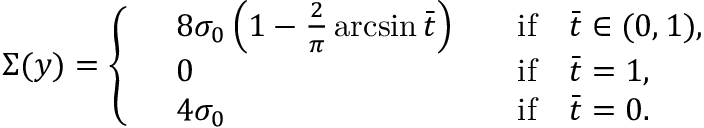
\Sigma ( y ) = \left\{ \begin{array} { r l r l } & { 8 \sigma _ { 0 } \left( 1 - \frac { 2 } { \pi } \arcsin \bar { t } \right) } & & { \mathrm { i f } \quad \bar { t } \in ( 0 , 1 ) , } \\ & { 0 } & & { \mathrm { i f } \quad \bar { t } = 1 , } \\ & { 4 \sigma _ { 0 } } & & { \mathrm { i f } \quad \bar { t } = 0 . } \end{array} \right.